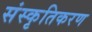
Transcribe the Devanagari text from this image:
संस्‍कृतिकरण